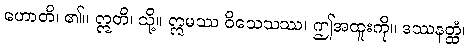
ဟောတိ၊ ၏။ ဣတိ၊ သို့။ ဣမဿ ဝိသေသဿ၊ ဤအထူးကို။ ဒဿနတ္ထံ၊